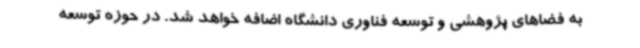
به فضاهای پژوهشی و توسعه فناوری دانشگاه اضافه خواهد شد. در حوزه توسعه